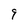
Character: 9